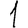
Digit: 1